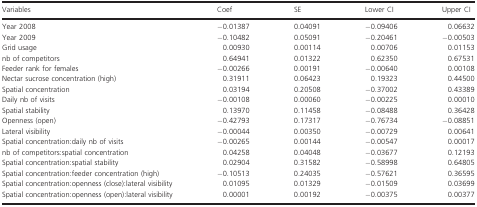
<table><thead><tr><td><b>Variables</b></td><td><b>Coef</b></td><td><b>SE</b></td><td><b>Lower CI</b></td><td><b>Upper CI</b></td></tr></thead><tbody><tr><td>Year 2008</td><td>−0.01387</td><td>0.04091</td><td>−0.09406</td><td>0.06632</td></tr><tr><td>Year 2009</td><td>−0.10482</td><td>0.05091</td><td>−0.20461</td><td>−0.00503</td></tr><tr><td>Grid usage</td><td>0.00930</td><td>0.00114</td><td>0.00706</td><td>0.01153</td></tr><tr><td>nb of competitors</td><td>0.64941</td><td>0.01322</td><td>0.62350</td><td>0.67531</td></tr><tr><td>Feeder rank for females</td><td>−0.00266</td><td>0.00191</td><td>−0.00640</td><td>0.00108</td></tr><tr><td>Nectar sucrose concentration (high)</td><td>0.31911</td><td>0.06423</td><td>0.19323</td><td>0.44500</td></tr><tr><td>Spatial concentration</td><td>0.03194</td><td>0.20508</td><td>−0.37002</td><td>0.43389</td></tr><tr><td>Daily nb of visits</td><td>−0.00108</td><td>0.00060</td><td>−0.00225</td><td>0.00010</td></tr><tr><td>Spatial stability</td><td>0.13970</td><td>0.11458</td><td>−0.08488</td><td>0.36428</td></tr><tr><td>Openness (open)</td><td>−0.42793</td><td>0.17317</td><td>−0.76734</td><td>−0.08851</td></tr><tr><td>Lateral visibility</td><td>−0.00044</td><td>0.00350</td><td>−0.00729</td><td>0.00641</td></tr><tr><td>Spatial concentration:daily nb of visits</td><td>−0.00265</td><td>0.00144</td><td>−0.00547</td><td>0.00017</td></tr><tr><td>nb of competitors:spatial concentration</td><td>0.04258</td><td>0.04048</td><td>−0.03677</td><td>0.12193</td></tr><tr><td>Spatial concentration:spatial stability</td><td>0.02904</td><td>0.31582</td><td>−0.58998</td><td>0.64805</td></tr><tr><td>Spatial concentration:feeder concentration (high)</td><td>−0.10513</td><td>0.24035</td><td>−0.57621</td><td>0.36595</td></tr><tr><td>Spatial concentration:openness (close):lateral visibility</td><td>0.01095</td><td>0.01329</td><td>−0.01509</td><td>0.03699</td></tr><tr><td>Spatial concentration:openness (open):lateral visibility</td><td>0.00001</td><td>0.00192</td><td>−0.00375</td><td>0.00377</td></tr></tbody></table>